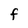
Character: F